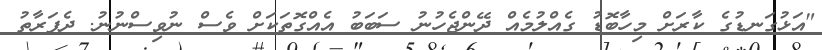
"އަޅުގަނޑުގެ ކާރަށް މިހާބޮޑު ގެއްލުމެއް ދޭންޖެހުނު ސަބަބު އެއްގޮތަކަށް ވެސް ނުވިސްނުނު. ދެފަރާތު